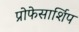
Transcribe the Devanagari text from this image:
प्रोफेसार्शिप